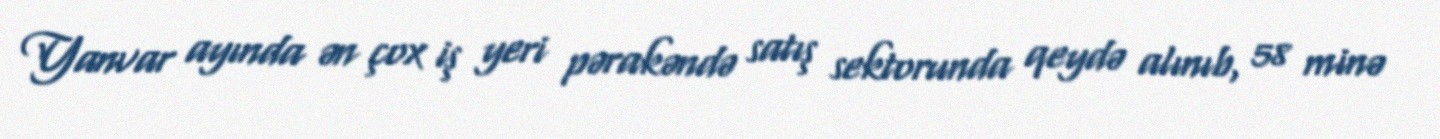
Yanvar ayında ən çox iş yeri pərakəndə satış sektorunda qeydə alınıb, 58 minə